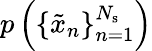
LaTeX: p\left(\{ \tilde{x}_{n}\} _{n=1}^{N_{\mathrm{s}}}\right)